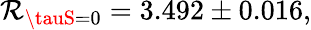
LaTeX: \mathcal{R}_{\tauS=0}=3.492\pm0.016{},